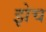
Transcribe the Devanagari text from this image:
झेच